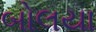
બોલયા